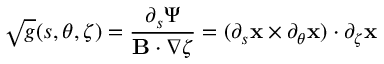
\sqrt { g } ( s , \theta , \zeta ) = \frac { \partial _ { s } \Psi } { \mathbf { B } \cdot \nabla \zeta } = ( \partial _ { s } \mathbf { x } \times \partial _ { \theta } \mathbf { x } ) \cdot \partial _ { \zeta } \mathbf { x }